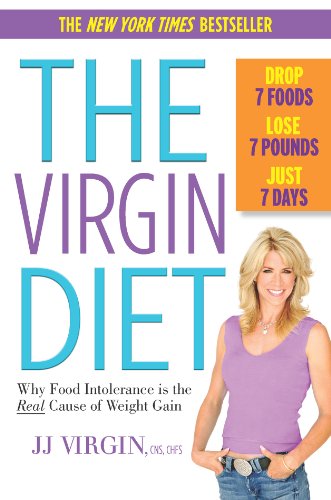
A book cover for The Virgin Diet: Drop 7 Foods, Lose 7 Pounds, Just 7 Days; JJ Virgin CNS; Health, Fitness & Dieting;